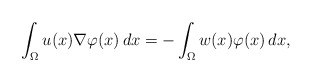
\begin{align*} \int_\Omega u(x) \nabla \varphi(x)\,dx = - \int_\Omega w(x)\varphi(x)\,dx,\end{align*}